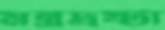
মন্ত্রদ্রষ্টা